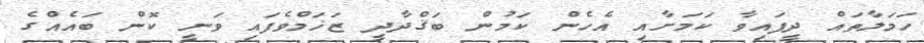
ހަމަލާތައް ދީފައިވާ ކަމަށާއި އެހެން ކަމުން ބަޤްދާދީ ޒަޚަމްވެފައި ވަނީ ކޮން ބައެއްގެ